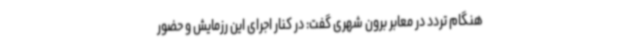
هنگام تردد در معابر برون شهری گفت: در کنار اجرای این رزمایش و حضور